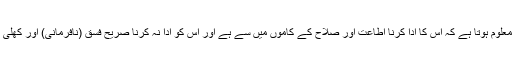
یہیں سے یہ معلوم ہوتا ہے کہ اس کا ادا کرنا اطاعت اور صلاح کے کاموں میں سے ہے اور اس کو ادا نہ کرنا صریح فسق (نافرمانی) اور کھلی ناشکری ہے۔